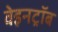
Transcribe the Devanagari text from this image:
वेइनट्रॉब